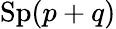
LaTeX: \mathrm{Sp}(p+q)